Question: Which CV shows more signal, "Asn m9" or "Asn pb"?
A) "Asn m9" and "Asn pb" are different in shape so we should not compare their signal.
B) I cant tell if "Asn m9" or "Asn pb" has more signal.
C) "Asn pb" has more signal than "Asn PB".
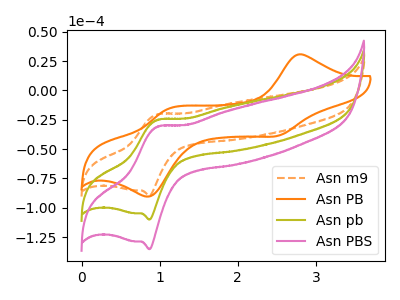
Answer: <think>The orange dashed curve "Asn m9" has an anodic peak at (0.95V, -20.50uA) and a cathodic peak at (0.85V, -89.50uA). The orange curve "Asn PB" has anodic peaks at (2.75V, 30.50uA) (1.10V, -15.85uA) and cathodic peaks at (2.50V, -38.55uA) (0.90V, -89.95uA). The olive curve "Asn pb" has an anodic peak at (0.95V, -25.15uA) and a cathodic peak at (0.85V, -110.00uA). The pink curve "Asn PBS" has an anodic peak at (0.95V, -50.35uA) and a cathodic peak at (0.85V, -220.00uA).
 All the peaks in "Asn m9" have a peak in "Asn pb" at the same potential.</think>
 <answer>B) I cant tell if "Asn m9" or "Asn pb" has more signal.</answer>
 <eval>B</eval>